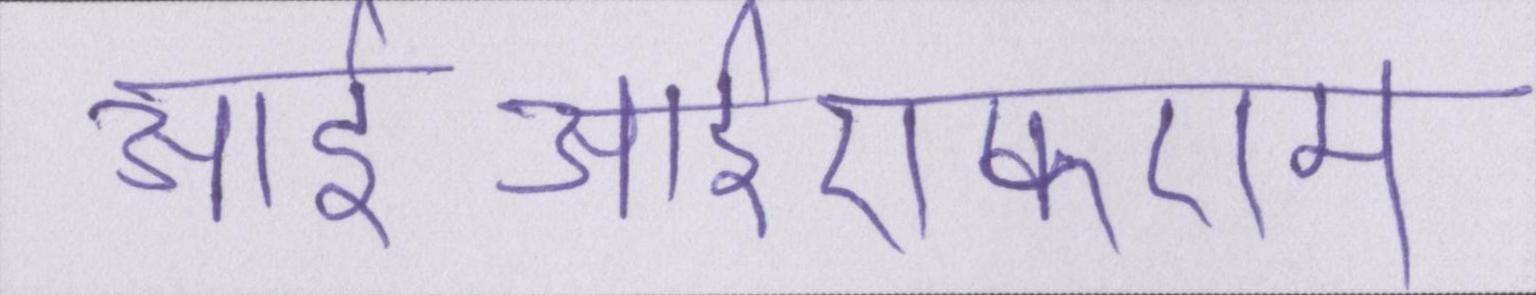
आईआईएफएम